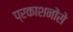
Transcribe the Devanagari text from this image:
प्रकाशनोंसे